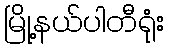
မြို့နယ်ပါတီရုံး